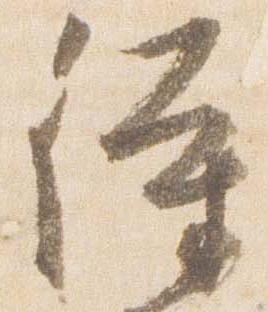
待